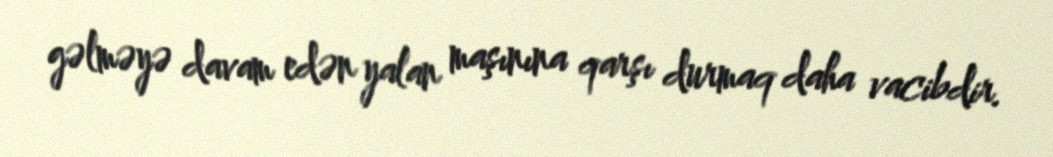
gəlməyə davam edən yalan maşınına qarşı durmaq daha vacibdir.